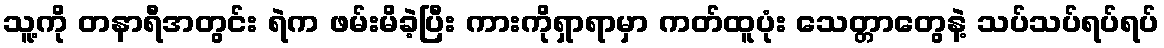
သူ့ကို တနာရီအတွင်း ရဲက ဖမ်းမိခဲ့ပြီး ကားကိုရှာရာမှာ ကတ်ထူပုံး သေတ္တာတွေနဲ့ သပ်သပ်ရပ်ရပ်